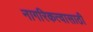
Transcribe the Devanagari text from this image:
नागरिकत्वासाठी